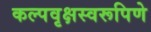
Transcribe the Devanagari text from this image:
कल्पवृक्षस्वरूपिणे